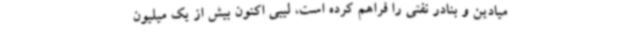
میادین و بنادر نفتی را فراهم کرده است، لیبی اکنون بیش از یک میلیون